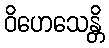
ဝိဟေသေန္တိ